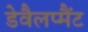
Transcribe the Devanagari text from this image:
डेवैलप्मैंट